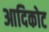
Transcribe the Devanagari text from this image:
आदिकोट